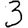
Digit: 3